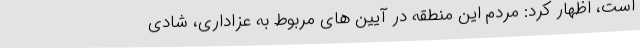
است، اظهار کرد: مردم این منطقه در آیین های مربوط به عزاداری، شادی